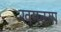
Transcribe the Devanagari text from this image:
खमक्या